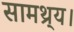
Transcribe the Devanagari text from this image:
सामथ्र्य।